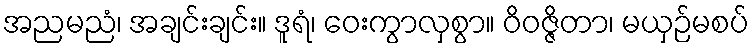
အညမညံ၊ အချင်းချင်း။ ဒူရံ၊ ဝေးကွာလှစွာ။ ဝိဝဇ္ဇိတာ၊ မယှဉ်မစပ်